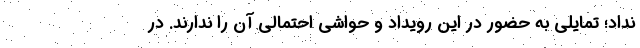
نداد؛ تمایلی به حضور در این رویداد و حواشی احتمالی آن را ندارند. در